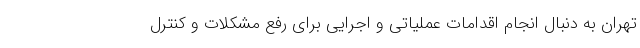
تهران به دنبال انجام اقدامات عملیاتی و اجرایی برای رفع مشکلات و کنترل